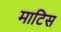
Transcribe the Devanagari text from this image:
माटिस